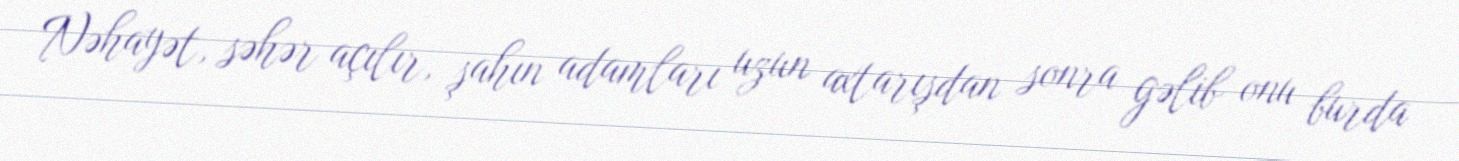
Nəhayət, səhər açılır, şahın adamları uzun axtarışdan sonra gəlib onu burda